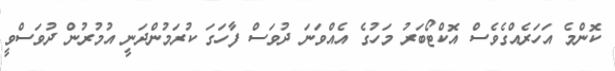
ކޮންމެ އަހަރެއްގެވެސް އޮކްޓޯބަރު މަހުގެ އެއްވަނަ ދުވަސް ފާހަގަ ކުރަމުންދަނީ އުމުރުން ދުވަސްވީ